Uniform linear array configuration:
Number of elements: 32
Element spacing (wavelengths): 0.5
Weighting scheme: hamming
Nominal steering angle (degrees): -45
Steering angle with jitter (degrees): -46.899
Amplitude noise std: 0.05
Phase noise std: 0.05

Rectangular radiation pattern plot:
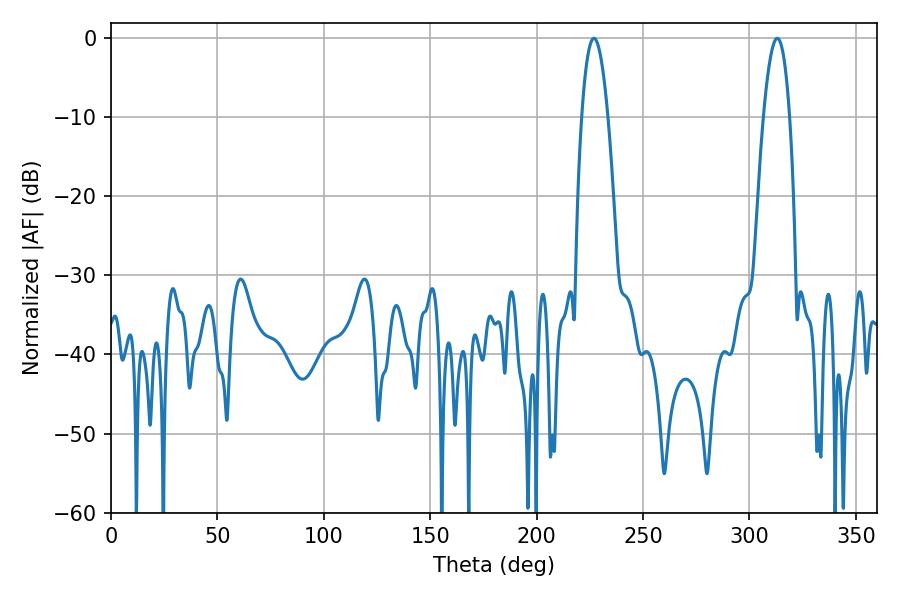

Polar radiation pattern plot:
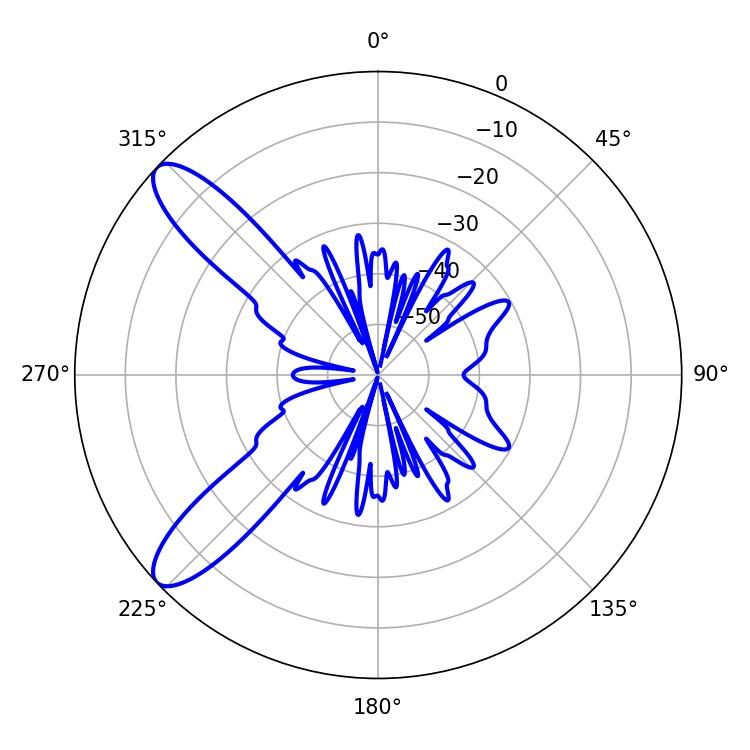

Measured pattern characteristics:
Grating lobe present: FALSE
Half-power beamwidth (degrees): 6.66
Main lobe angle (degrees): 226.98